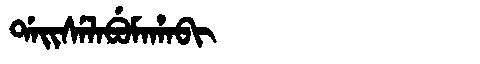
Manchu: ᡩᠠᡳᠰᡝᠯᠠᠪᡠᠮᠠᡥᠠᠪᡳ
Romanization: DAISELABUMAHABI